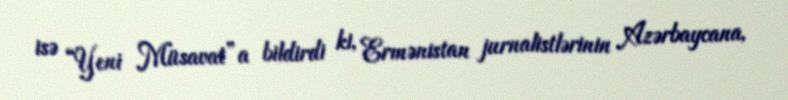
isə “Yeni Müsavat”a bildirdi ki, Ermənistan jurnalistlərinin Azərbaycana,